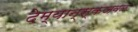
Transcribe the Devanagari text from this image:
देम्यान्स्कजवळ